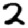
Digit: 2